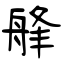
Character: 艂